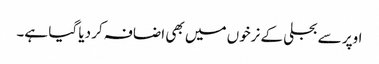
اوپر سے بجلی کے نرخوں میں بھی اضافہ کر دیا گیا ہے۔